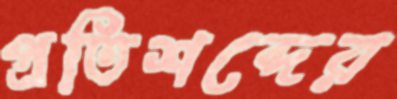
প্রতিশব্দের